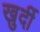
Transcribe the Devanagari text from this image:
खुर्दी